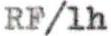
RF/1h